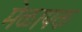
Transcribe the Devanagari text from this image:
मेळापक